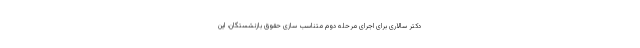
دکتر سالاری برای اجرای مرحله دوم متناسب سازی حقوق بازنشستگان، این